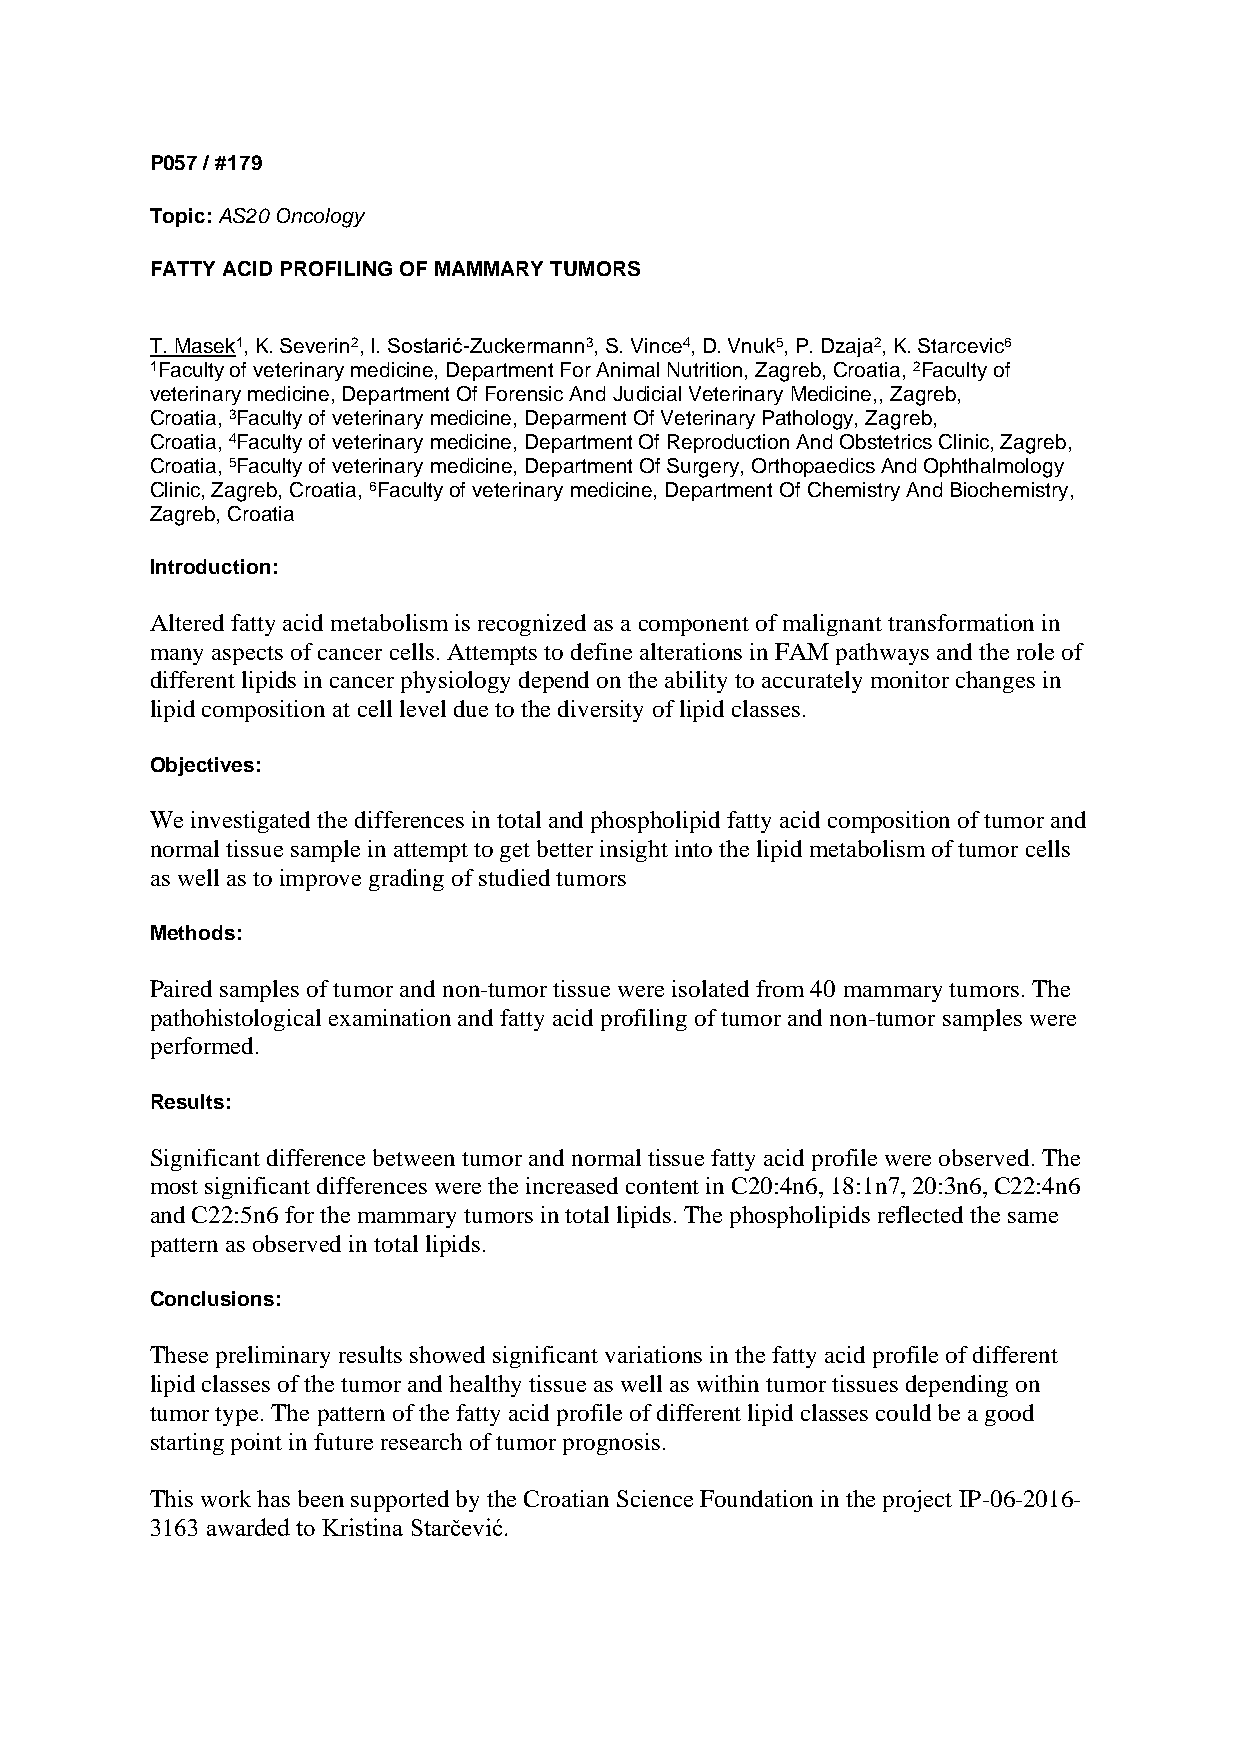
P057 / #179
 Topic: AS20 Oncology
 FATTY ACID PROFILING OF MAMMARY TUMORS
 T. Masek1, K. Severin2, I. Sostarić-Zuckermann3, S. Vince4, D. Vnuk5, P. Dzaja2, K. Starcevic6
 1Faculty of veterinary medicine, Department For Animal Nutrition, Zagreb, Croatia, 2Faculty of
 veterinary medicine, Department Of Forensic And Judicial Veterinary Medicine,, Zagreb,
 Croatia, 3Faculty of veterinary medicine, Deparment Of Veterinary Pathology, Zagreb,
 Croatia, 4Faculty of veterinary medicine, Department Of Reproduction And Obstetrics Clinic, Zagreb,
 Croatia, 5Faculty of veterinary medicine, Department Of Surgery, Orthopaedics And Ophthalmology
 Clinic, Zagreb, Croatia, 6Faculty of veterinary medicine, Department Of Chemistry And Biochemistry,
 Zagreb, Croatia
 Introduction:
 Altered fatty acid metabolism is recognized as a component of malignant transformation in
 many aspects of cancer cells. Attempts to define alterations in FAM pathways and the role of
 different lipids in cancer physiology depend on the ability to accurately monitor changes in
 lipid composition at cell level due to the diversity of lipid classes.
 Objectives:
 We investigated the differences in total and phospholipid fatty acid composition of tumor and
 normal tissue sample in attempt to get better insight into the lipid metabolism of tumor cells
 as well as to improve grading of studied tumors
 Methods:
 Paired samples of tumor and non-tumor tissue were isolated from 40 mammary tumors. The
 pathohistological examination and fatty acid profiling of tumor and non-tumor samples were
 performed.
 Results:
 Significant difference between tumor and normal tissue fatty acid profile were observed. The
 most significant differences were the increased content in C20:4n6, 18:1n7, 20:3n6, C22:4n6
 and C22:5n6 for the mammary tumors in total lipids. The phospholipids reflected the same
 pattern as observed in total lipids.
 Conclusions:
 These preliminary results showed significant variations in the fatty acid profile of different
 lipid classes of the tumor and healthy tissue as well as within tumor tissues depending on
 tumor type. The pattern of the fatty acid profile of different lipid classes could be a good
 starting point in future research of tumor prognosis.
 This work has been supported by the Croatian Science Foundation in the project IP-06-2016-
 3163 awarded to Kristina Starčević.